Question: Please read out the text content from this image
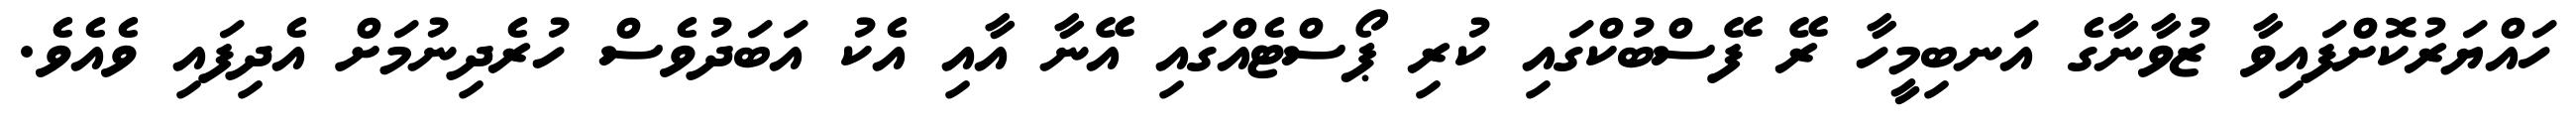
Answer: ހައްޔަރުކޮށްފައިވާ ޒުވާނާގެ އަނބިމީހާ ރޭ ފޭސްބުކްގައި ކުރި ޕޯސްޓެއްގައި އޭނާ އާއި އެކު އަބަދުވެސް ހުރެދިނުމަށް އެދިފައި ވެއެވެ.